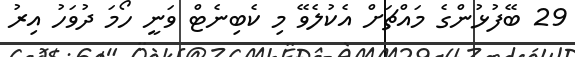
29 ބޭފުޅުންގެ މައްޗަށް އެކުލެވޭ މި ކެބިނެޓް ވަނީ ހޯމަ ދުވަހު އިރު